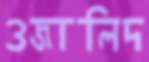
ওজালিদ